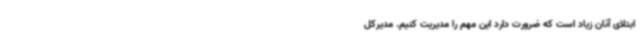
ابتلای آنان زیاد است که ضرورت دارد این مهم را مدیریت کنیم. مدیرکل